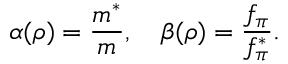
\alpha ( \rho ) = \frac { m ^ { * } } { m } , \quad \beta ( \rho ) = \frac { f _ { \pi } } { f _ { \pi } ^ { * } } .